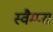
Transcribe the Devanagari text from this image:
स्वैम्प्स